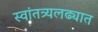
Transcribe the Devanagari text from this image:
स्वांतत्र्यलढ्यात